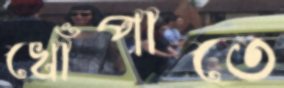
খোঁপাতে